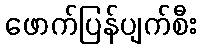
ဖောက်ပြန်ပျက်စီး